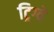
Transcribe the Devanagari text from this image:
ट्रिग्वे